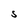
Character: s